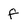
Character: f